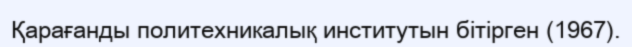
Қарағанды политехникалық институтын бітірген (1967).